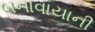
બનાવાયાની